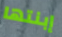
إبنتها